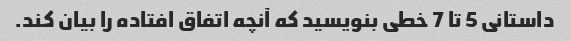
داستانی 5 تا 7 خطی بنویسید که آنچه اتفاق افتاده را بیان کند.